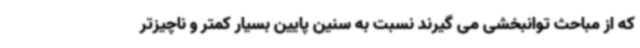
که از مباحث توانبخشی می گیرند نسبت به سنین پایین بسیار کمتر و ناچیزتر